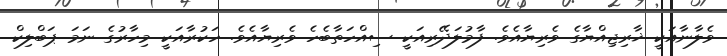
ވެލާނާއަކީ ޚާރިޖިއްޔާގެ ވެރިޔާއެވެ. ފާމުލަދޭރިއަކީ ސިއްހަތާބެހެ ވެރިޔާއެވެ. ހަކުރާއަކީ މިހާރުގެ ނަމަ ޕަބްލިކް